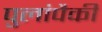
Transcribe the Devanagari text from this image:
पुलांपैकी